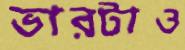
ভারটাও